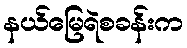
နယ်မြေရဲစခန်းက